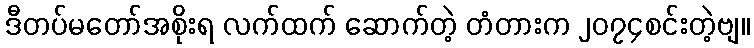
ဒီတပ်မတော်အစိုးရ လက်ထက် ဆောက်တဲ့ တံတားက ၂၀၇၄စင်းတဲ့ဗျ။